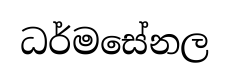
ධර්මසේනල